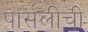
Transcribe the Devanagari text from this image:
पार्सलीची